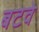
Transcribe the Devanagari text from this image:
बटवे